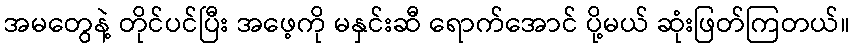
အမတွေနဲ့ တိုင်ပင်ပြီး အဖေ့ကို မနှင်းဆီ ရောက်အောင် ပို့မယ် ဆုံးဖြတ်ကြတယ်။